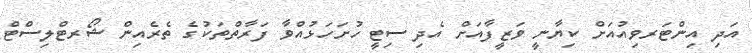
އަދި އިންޓަރވިއުއަށް ކިޔާނީ ވަޒީފާއަށް އެދި ސިޓީ ހުށަހަޅުއްވާ ފަރާތްތަކުގެ ތެރެއިން ޝޯރޓްލިސްޓް